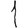
Digit: 1